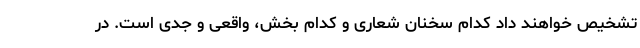
تشخیص خواهند داد کدام سخنان شعاری و کدام بخش، واقعی و جدی است. در